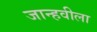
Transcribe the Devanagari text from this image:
जान्हवीला